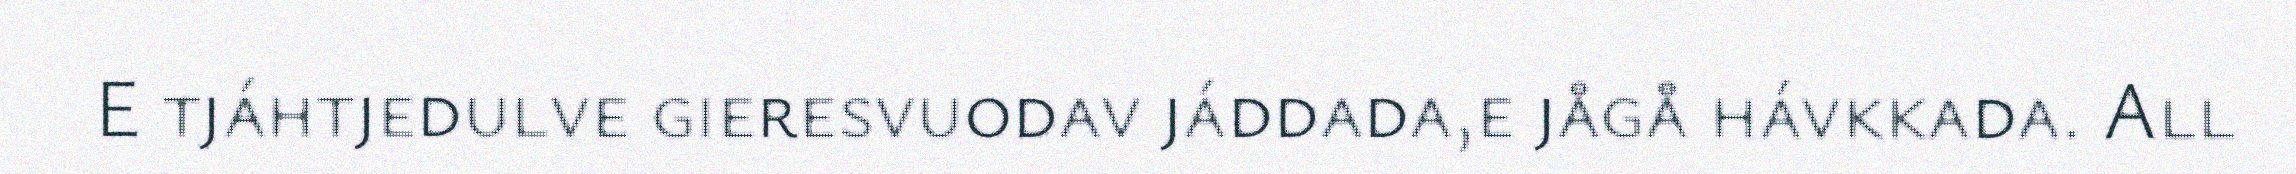
E tjáhtjedulve gieresvuodav jáddada,e jågå hávkkada. All